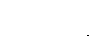
အဲဗာတန်